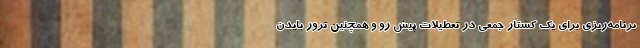
برنامه‌ریزی برای یک کشتار جمعی در تعطیلات پیش رو و همچنین ترور بایدن